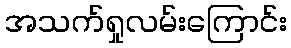
အသက်ရှုလမ်းကြောင်း